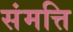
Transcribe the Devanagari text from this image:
संमत्ति